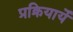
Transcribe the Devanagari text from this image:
प्रक्रियायेँ